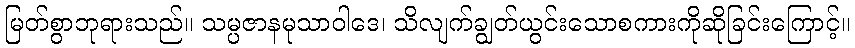
မြတ်စွာဘုရားသည်။ သမ္ပဇာနမုသာဝါဒေ၊ သိလျက်ချွတ်ယွင်းသောစကားကိုဆိုခြင်းကြောင့်။